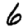
Digit: 6